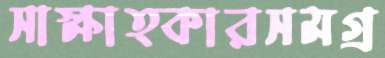
সাক্ষাত্কারসমগ্র